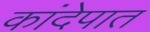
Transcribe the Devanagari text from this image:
कांदेपात